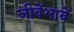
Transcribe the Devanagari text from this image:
जीवेंभावें